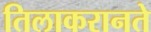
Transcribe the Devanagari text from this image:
तिलाकरानते